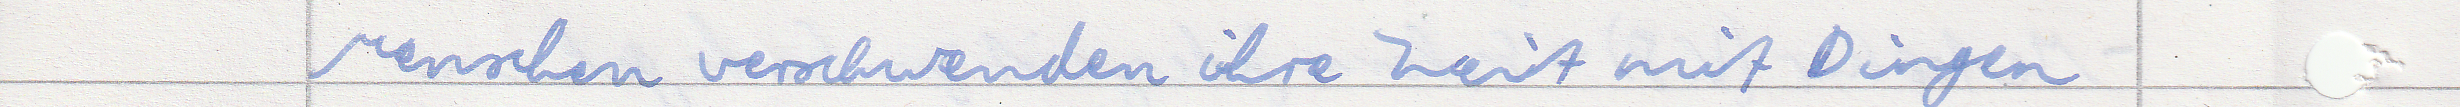
Menschen verschwenden ihre Zeit mit Dingen